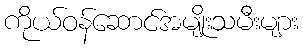
ကိုယ်ဝန်ဆောင်အမျိုးသမီးများ